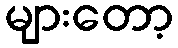
များတော့